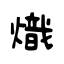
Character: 熾